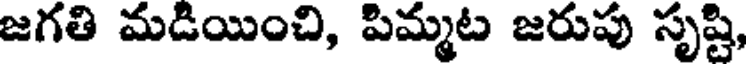
జగతి మడియించి, పిమ్మట జరుపు సృష్టి,